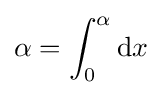
\alpha =\int _{0}^{\alpha }\mathrm {d} x